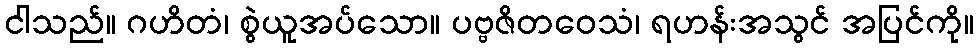
ငါသည်။ ဂဟိတံ၊ စွဲယူအပ်သော။ ပဗ္ဗဇိတဝေသံ၊ ရဟန်းအသွင် အပြင်ကို။